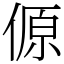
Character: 傆